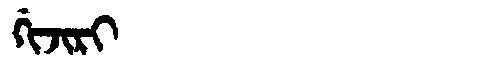
Manchu: ᡤᡳᠵᡳᡵᡳ
Romanization: GIJIRI